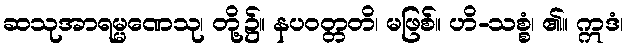
ဆသုအာရမ္မဏေသု၊ တို့၌။ နပဝတ္တတိ၊ မဖြစ်။ ဟိ-သစ္စံ၊ ၏။ ဣဒံ၊